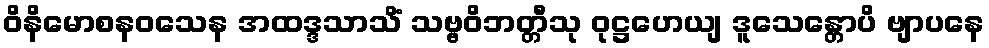
ဝိနိမောစနဝသေန အထဒ္ဒသာသိံ သဗ္ဗဝိဘတ္တီသု ဝုဋ္ဌဟေယျ ဒူသေန္တောပိ ဗျာပနေ